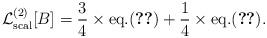
LaTeX: \begin{align*}{\cal L}^{(2)}_{\rm scal}[B]={3\over 4}\times{\rm eq.}(\ref{Gamma2scal})+{1\over 4}\times{\rm eq.}(\ref{Gamma2scalpI}).\end{align*}